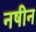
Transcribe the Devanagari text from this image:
नषीन